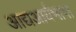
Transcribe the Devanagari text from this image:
आद्यआर्यभाषा